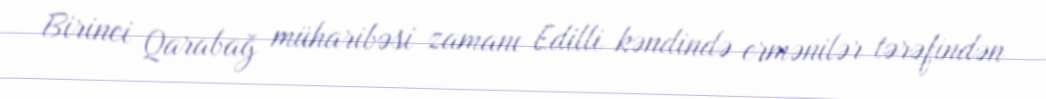
Birinci Qarabağ müharibəsi zamanı Edilli kəndində ermənilər tərəfindən